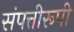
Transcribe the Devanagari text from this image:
संपत्तीरूपी